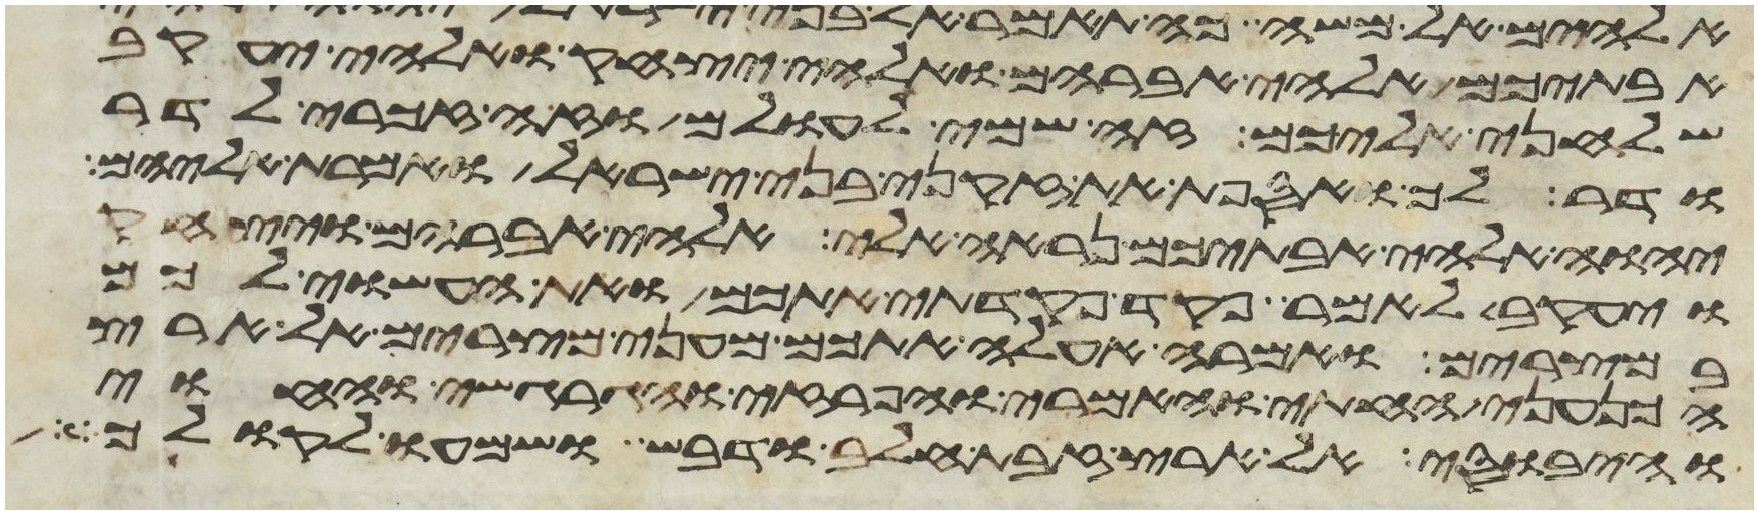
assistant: אבתיכם אלהי אברהם ואלהי יצחק ואלהי יעקב
שלחני אליכם זה שמי לעולם וזה זכרי לדר
ודר לך ואספת את זקני בני ישראל ואמרת אליהם
יהוה אלהי אבתיכם נראה אלי אלהי אברהם ויצחק
ויעקב לאמר פקד פקדתי אתכם ואת העשוי לכם
במצרים ואמרה אעלה אתכם מעני מצרים אל ארץ
הכנעני החתי והאמרי והפרזי והגרגשי והחוי
והיבוסי אל ארץ זבת חלב ודבש ושמעו לקולך